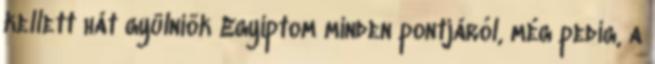
kellett hát gyülniök Egyiptom minden pontjáról, még pedig, a